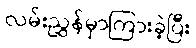
လမ်းညွှန်မှာကြားခဲ့ပြီး